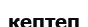
кептеп